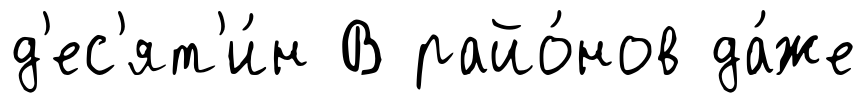
д'ес'ят'и́н В райо́нов да́же